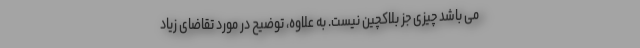
می باشد چیزی جز بلاکچین نیست. به علاوه، توضیح در مورد تقاضای زیاد